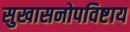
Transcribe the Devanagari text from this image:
सुखासनोपविष्टाय